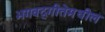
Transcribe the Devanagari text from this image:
भगवद्‍गीतेमधील